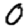
Digit: 0